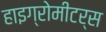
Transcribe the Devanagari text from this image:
हाइग्रोमीटर्स